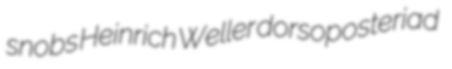
snobs Heinrich Weller dorsoposteriad